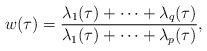
LaTeX: \begin{align*}w(\tau) = \frac{\lambda_1(\tau)+\cdots + \lambda_q(\tau)}{\lambda_1(\tau)+\cdots + \lambda_p(\tau)}, \end{align*}